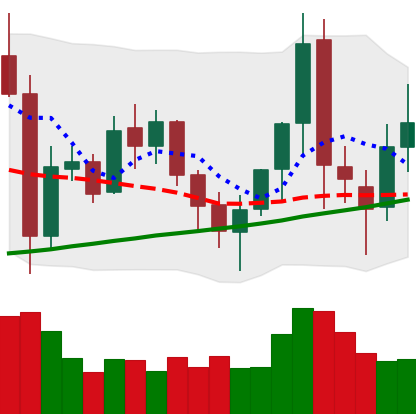
Ticker: XMR-USD
Chart end date: 2021-11-14
Forward return: -13.189%
Label: down_7plus